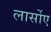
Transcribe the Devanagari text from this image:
लार्सोए